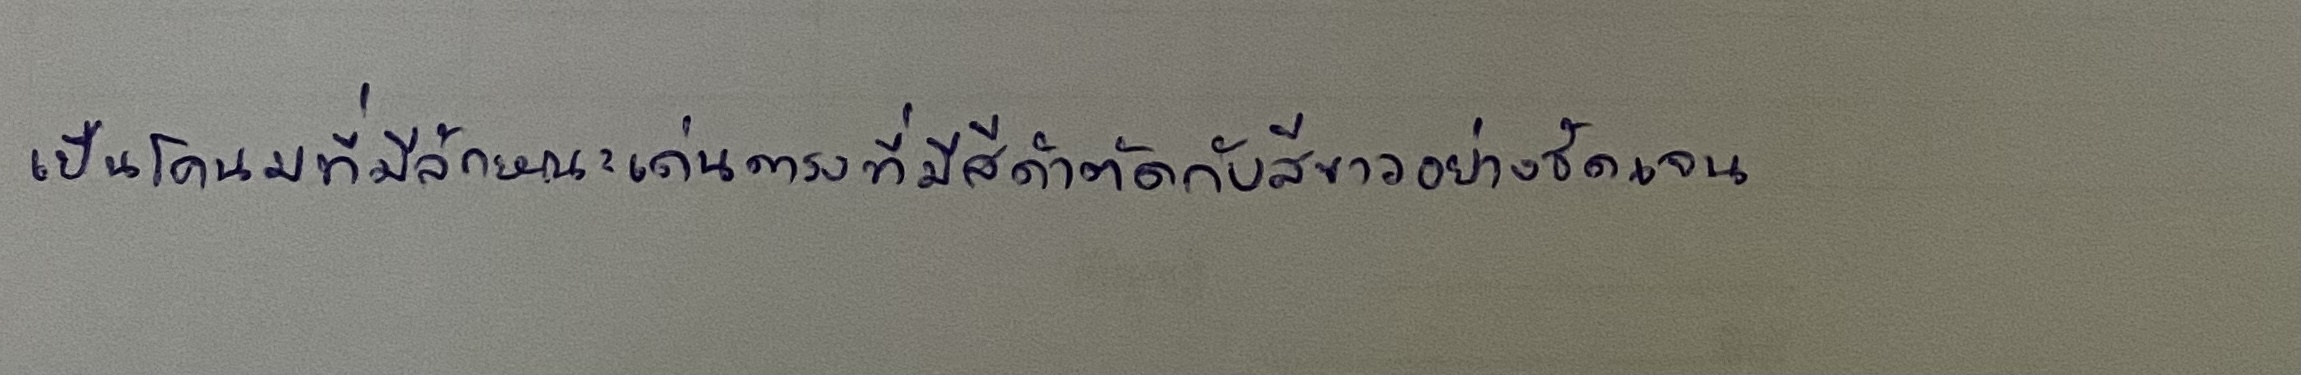
เป็นโคนมที่มีลักษณะเด่นตรงที่มีสีดำตัดกับสีขาวอย่างชัดเจน